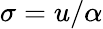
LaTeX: \sigma=u/\alpha